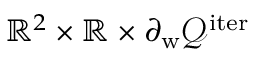
\mathbb { R } ^ { 2 } \times \mathbb { R } \times \partial _ { \mathrm { w } } \mathcal { Q } ^ { \mathrm { i t e r } }